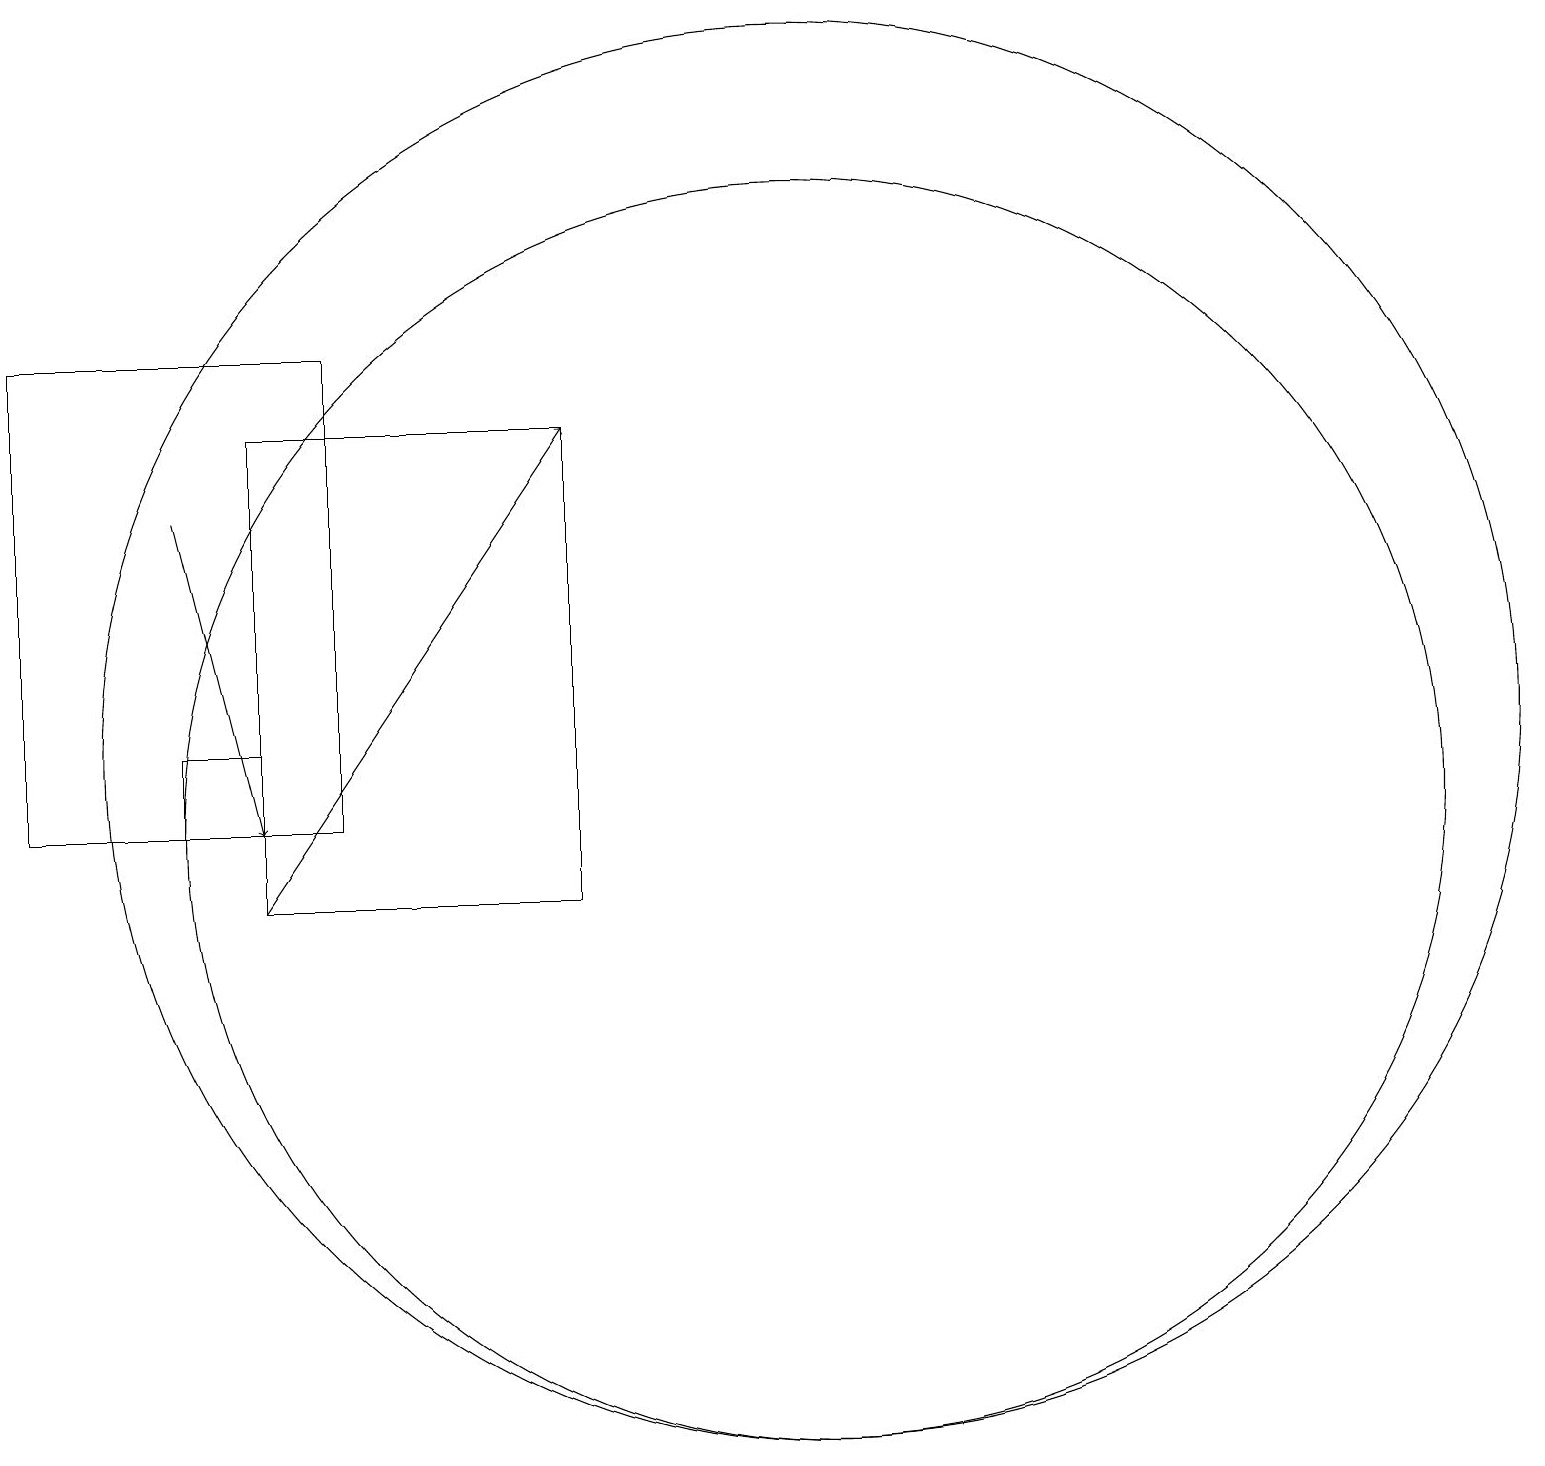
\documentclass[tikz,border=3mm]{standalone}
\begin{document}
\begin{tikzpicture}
\draw (2,17) rectangle (6,11);
\draw (5,11) rectangle (4,12);
\draw (5,10) rectangle (9,16);
\draw (12,11) circle (8);
\draw (12,12) circle (9);
\draw[->] (4,15) -- (5,11);
\draw[->] (5,10) -- (9,16);
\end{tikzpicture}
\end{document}